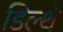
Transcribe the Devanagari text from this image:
डिल्थे